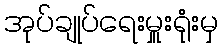
အုပ်ချုပ်ရေးမှူးရုံးမှ